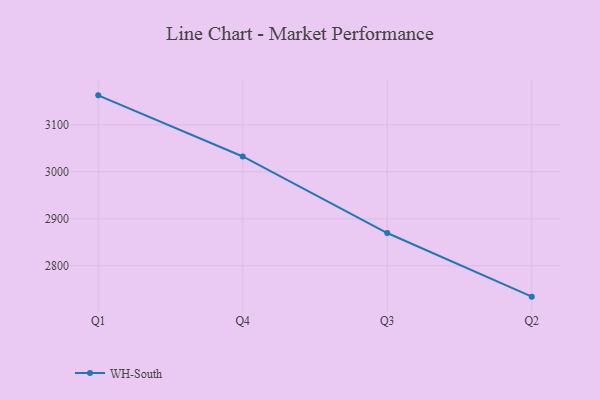
{"axis": {"x": "Quarter", "y": "Net Income (USD K)"}, "legend": ["WH-South"], "data": [{"x": "Q1", "y": 3162.8, "type": "WH-South"}, {"x": "Q4", "y": 3032.6, "type": "WH-South"}, {"x": "Q3", "y": 2869.6, "type": "WH-South"}, {"x": "Q2", "y": 2734.1, "type": "WH-South"}]}